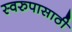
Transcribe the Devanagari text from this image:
स्वरुपासाठी